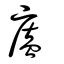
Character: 廅